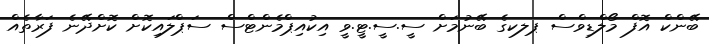
ބޭންކް އޮފް މޯލްޑިވްސް ޕލކގެ ބޭނުމަށް ސީ.ސީ.ޓީ.ވީ އިކުއިޕްމެންޓްސް ސަޕްލައިކޮށް ކޮށްދޭނެ ފަރާތެއް